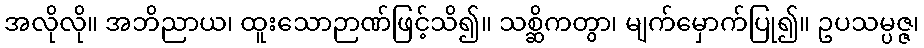
အလိုလို။ အဘိညာယ၊ ထူးသောဉာဏ်ဖြင့်သိ၍။ သစ္ဆိကတွာ၊ မျက်မှောက်ပြု၍။ ဥပသမ္ပဇ္ဇ၊